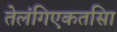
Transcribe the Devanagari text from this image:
तेलंगिएकतसिा